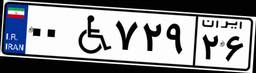
۰۰W۷۲۹۲۶